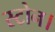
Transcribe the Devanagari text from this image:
स्टोन।